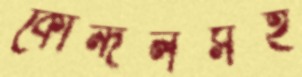
কোন্দলসহ